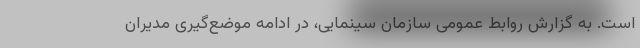
است. به گزارش روابط عمومی سازمان سینمایی، در ادامه موضع‌گیری‌ مدیران